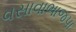
વસાવાભાજપા